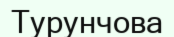
Турунчова